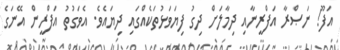
އަފޫ! ނަޞްރާ އަފްރީނާއި ދިމާލަށް ދިގު ފިޔަވަޅުތަކެއްގައި ދިޔައެވެ. އެވަގުތު އަފްރީން އޭނަގެ